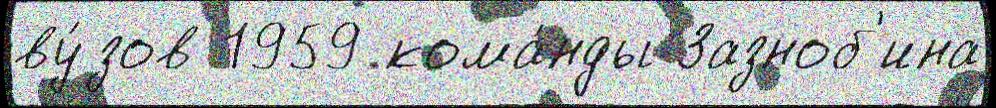
ву́зов 1959 кома́нды Зазноб'ина